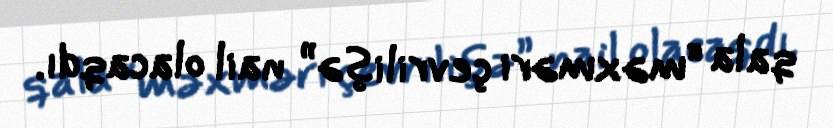
qala “məxməri çevrilişə” nail olacaqdı.